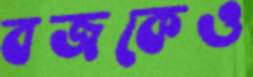
বজকেও